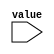
module case_statement_example(
    input wire [1:0] value
);

initial begin
    case(value)
        2'b00: begin
            // Code block for when value is 2'b00
            $display("Value is 2'b00");
        end
        2'b01: begin
            // Code block for when value is 2'b01
            $display("Value is 2'b01");
        end
        2'b10: begin
            // Code block for when value is 2'b10
            $display("Value is 2'b10");
        end
        default: begin
            // Code block for when value does not match any of the cases
            $display("Value is not 2'b00, 2'b01, or 2'b10");
        end
    endcase
end

endmodule